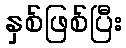
နှစ်ဖြစ်ပြီး